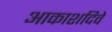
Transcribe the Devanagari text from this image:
आकाशदिवे